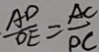
\frac { A D } { O E } = \frac { A C } { P C }